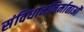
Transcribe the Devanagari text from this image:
संविधाननिर्माताओं